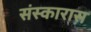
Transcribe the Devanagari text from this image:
संस्कारास